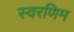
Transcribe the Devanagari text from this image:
स्वरणिम